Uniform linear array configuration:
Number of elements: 64
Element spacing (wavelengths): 1
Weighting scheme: binomial
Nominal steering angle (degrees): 30
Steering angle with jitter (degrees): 30.782
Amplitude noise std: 0.05
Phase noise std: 0.05

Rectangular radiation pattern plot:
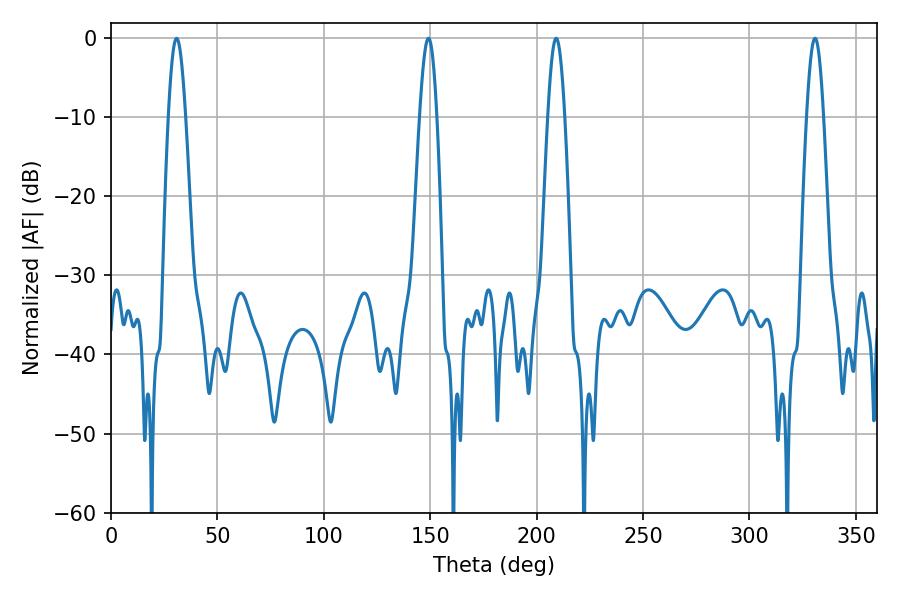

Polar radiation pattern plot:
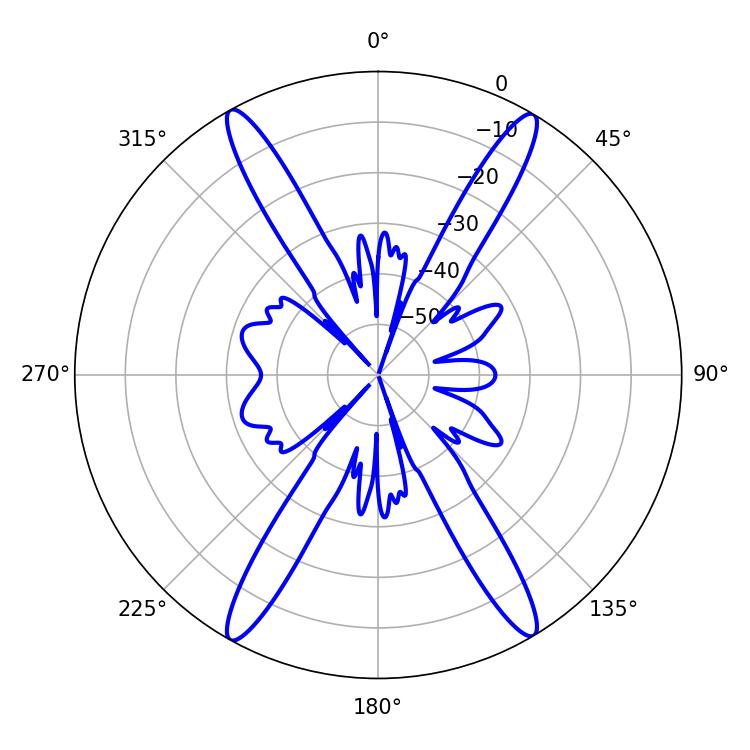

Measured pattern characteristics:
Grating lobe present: TRUE
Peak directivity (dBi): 25.496
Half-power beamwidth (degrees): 4.32
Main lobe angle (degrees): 209.16